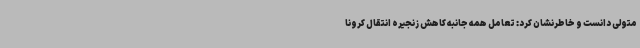
متولی دانست و خاطرنشان کرد: تعامل همه جانبه کاهش زنجیره انتقال کرونا